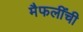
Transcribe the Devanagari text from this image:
मैफलींची